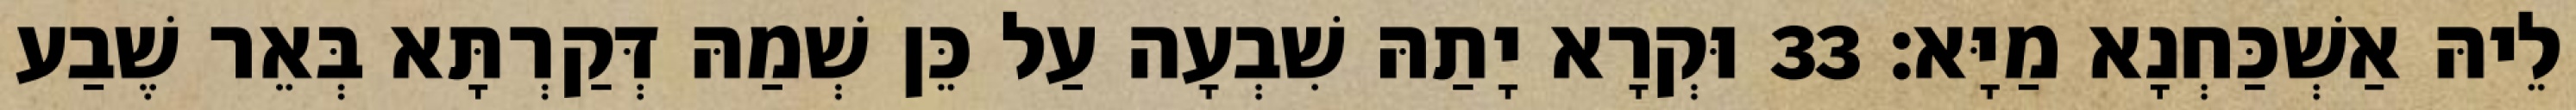
לֵיהּ אַשְׁכַּחְנָא מַיָּא׃ 33 וּקְרָא יָתַהּ שִׁבְעָה עַל כֵּן שְׁמַהּ דְּקַרְתָּא בְּאֵר שֶׁבַע